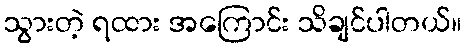
သွားတဲ့ ရထား အကြောင်း သိချင်ပါတယ်။